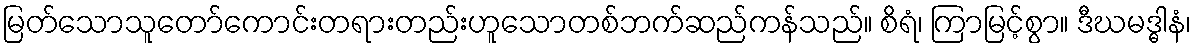
မြတ်သောသူတော်ကောင်းတရားတည်းဟူသောတစ်ဘက်ဆည်ကန်သည်။ စိရံ၊ ကြာမြင့်စွာ။ ဒီဃမဒ္ဓါနံ၊